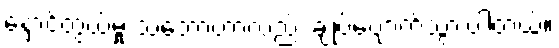
နှောင်တွယ်မှု သဘောဟာလည်း ချုပ်ပျောက်သွားပါတယ်။